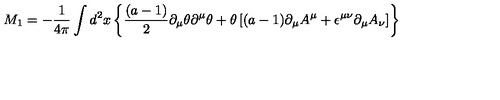
M _ { 1 } = - { \frac { 1 } { 4 \pi } } \int d ^ { 2 } x \left\lbrace { \frac { ( a - 1 ) } { 2 } } \partial _ { \mu } \theta \partial ^ { \mu } \theta + \theta \left\lbrack ( a - 1 ) \partial _ { \mu } A ^ { \mu } + \epsilon ^ { \mu \nu } \partial _ { \mu } A _ { \nu } \right\rbrack \right\rbrace